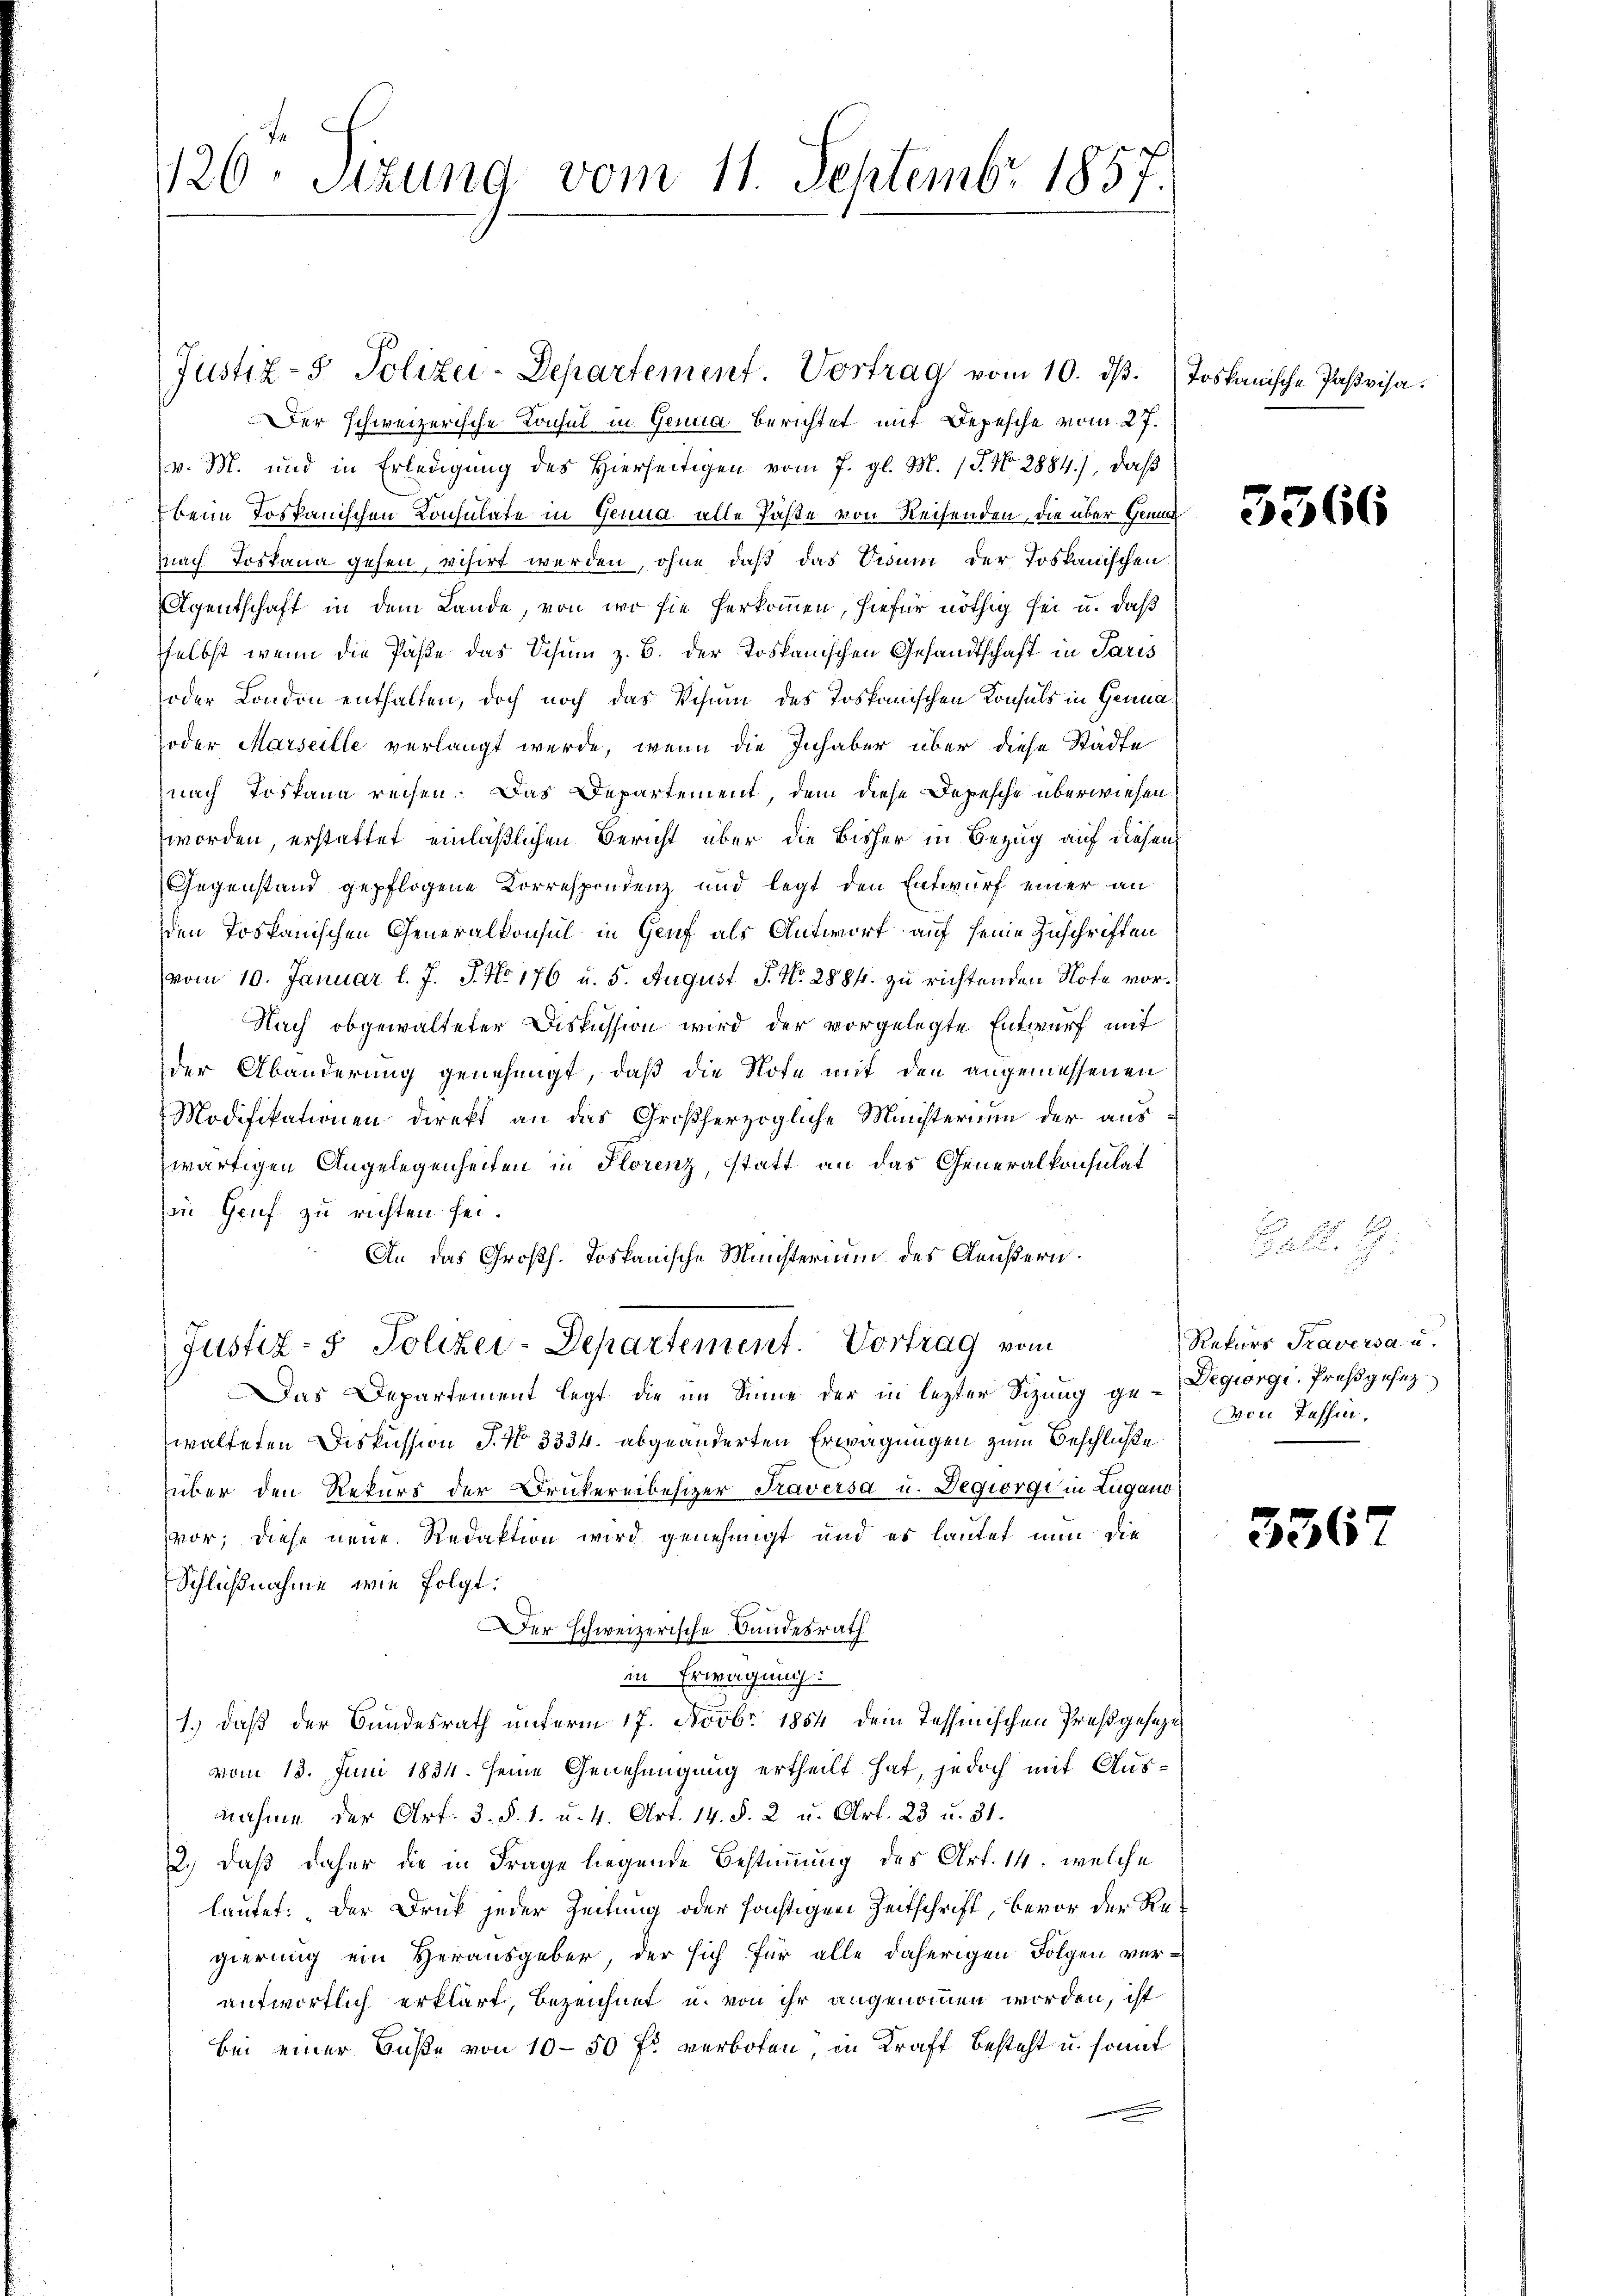
126 Sizung vom 11. Septembr 1857.

Justiz- & Polizei-Departement. Vortrag vom 10. dβ. toskanische Pasvisa¬
Der schweizerische Konsul in Genua berichtet mit Depesche vom 27.
v. M. und in Erledigŭng des hierseitigen vom 7. gl. M. (T. No. 2884), daß
beim Tospanischen Consulate in Genua alle Paße von Reisenden, die über Genu
Nach Tostana gehen, visirt werden, ohne daß das Visum der Toskanischen
Agentschaft in dem Lande, von wo sie herkommen, hiefür nöthig sei u. daß
selbst, wenn die Paße das Schum z. B. der Toskanischen Gesandtschaft in Paris
oder London enthalten, doch noch das Visum des Toskanischen Konsuls in Granas
oder Marseille verlangt werde, wenn die Inhaber über diese Stadte
nach Toskana reisen. Das Departement, dem diese Depesche überwiesen.
worden, erstattet einläßlichen Bericht über die Bisher in Bezug auf diesen
Gegenstand gepflogene Korrespondenz und legt den Entwurf einer an
den Tospanischen Generalkonsul in Genf als Antwort auf seine Zuschriften
vom 10. Januar l. J. J. No 176 u. 5. August P. No. 2884. zu richtenden Note vor¬
Nach obgewalteter Diskussion wird der vorgelegte Entwurf mit
der Abänderung genehmigt, daß die Note mit den angemessenen
Modifikationen direkt an das Großherzogliche Ministerium der aus
zwärtigen Angelegenheiten in Florenz, statt an das Generalkonsulat
in Genf zu richten sei.
An das Großh. Toskanische Ministerium des Aeußern.
Justiz- & Polizei-Departement. Vortrag vom
Das Departement legt die im Sinne der in lezter Sitzung ge-Degiorgi, Preßgesezwalteten Diskussion J. No 3334. abgeänderten Erwägungen zum Beschluße
über den Rekurs der Druckereibesizer Kaversa u. Degiorgi in Zugano
vor; diese neue Redaktion wird genehmigt und es lautet nun die
Schlußnahme, wie folgt:
Der schweizerische Bundesrath
in Erwägung:
1.) daß der Bundesrath unterm 17. Novbr. 1854 dem Tessinischen Preßgesage
vom 13. Juni 1834. seine Genehmigung ertheilt hat, jedoch mit Ausnahme der Art. 3. §. 1. u. 4. Art. 14. §. 2 u. Art. 23 u. 31.
2.) daß daher die in Frage liegende Bestimmung des Art. 14. welche
lautet: Der Druck jeder Zeitung oder sächtigen Zeitschrift, bevor der Regierung ein Herausgeber, der sich für alle daherigen Folgen verantwortlich erklärt, bezeichnet u. von ihr angenommen worden, ist
bei einer Buße von 10-50 fr verboten, in Kraft besteht u. sonnt

3366

u

Rekurs Traversau.
von Tessin,

336